Lunatic asylums Madras 1892-1911 - 1892-1911
Year: 1892
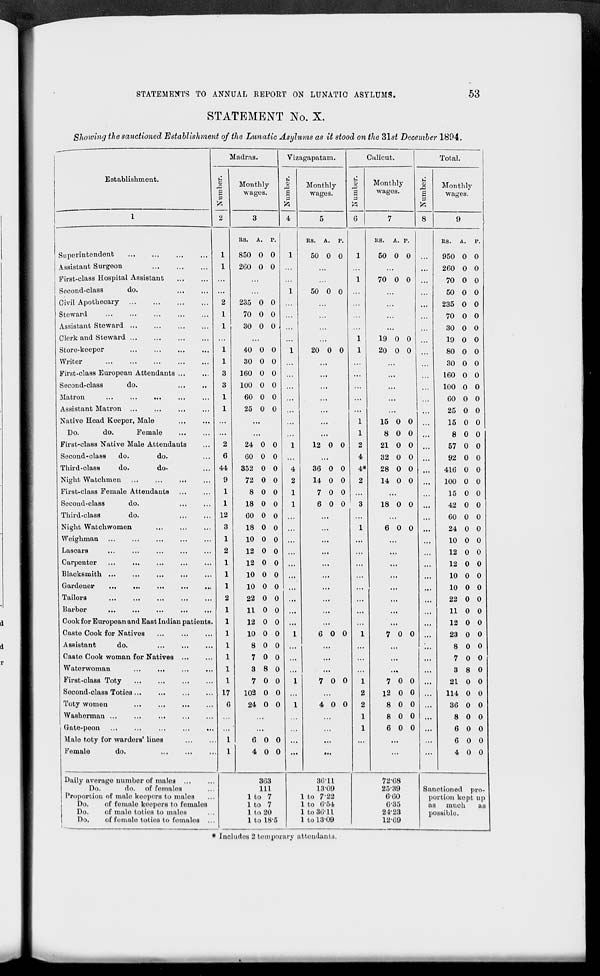
STATEMENTS TO ANNUAL REPORT ON LUNATIO ASYLUMS.
53
STATEMENT No. X.
Showing the sanctioned Establishment of the Lunatic Asylums as it stood on the 31st December 1894.
Establishment.
Madras.
Vizagapatam.
u
a>
a
7\
Superintendent
Assistant Surgeon
First-class Hospital Assistant
Second-class
do.
Civil Apothecary
Steward
Assistant Steward ...
Clerk and Steward ...
Store-keeper
Writer
First-class European Attendants ...
Second-class
do.
Matron
...
...
...
Assistant Matron ...
Native Head Keeper, Male
Do.
do.
Female
First-class Native Male Attendants
Second-class
do.
do.
Third-class
do.
do-
Night. Watchmen ...
...
...
First-class Female Attendants
Second-class
do.
Third-clasa
do.
Night Watchwomen
Woighman
Lascars
Carpenter
Blacksmith ...
Gardener
...
Tailors
Barber
Cook for Europoan and East Indian patients
Caste Cook for Natives
Assistant
do.
...
...
Casto Cook woman for Natives ...
Waterwoman
...
...
First-class Toty
Second-class Totios...
...
Toty women
Washerman ...
Gate-peon
Male toty for warders' lines
Female
do.
Daily average number of males ...
Do.
do. of fomales
Proportion of male koepors to males
Do.
of female koepors to females
Do.
of male totios to umlos
Do.
of fomalo totios to females
Monthly
wages.
u
5
Monthly
Calicut.
u
S
1
40 0 0
1
30 0 0
3
160 0 0
3
100 0 0
1
60 0 0
1
25 0 0
2
24
6
60
44
352
9
72
1
8
1
18
12
60
3
18
1
10
2
12
1
12
1
10
1
10
2
22
1
11
1
12
1
10
1
8
1
7
1
3
1
7
17
102
G
24
0 0
0 0
0 0
0 0
0 0
0 0
0 0
0 0
0 0
0 0
0 0
0 0
0 0
0 0
0 0
0 0
0 0
0 0
0 0
8 0
0 0
0 0
0 0
6 0 0
4 0 0
RS. A. p.
850 0 0
1
260 0 0
1
235 0 0
70 0 0
30 0 0
40 0 0
1
12 0 0
36 0 0
14 0 0
7 0 0
6 0 0
6 0 0
7 0 0
4 0 0
RS. A. p.
50 0 0
1
1
50 0 0
1
20 0 0
1
1
1
2
4
4*
2
303
111
to 7
to 7
to 20
to 18-5
3611
1309
to 722
to 6-54
to 36-11
1 to 1309
Monthly
wages.
Total.
o
s
P
Monthly
wages.
RS. A. p.
50 0 0
70 0 0
19 0 0
20 0 0
15 0 0
8 0 0
21 0 0
32 0 0
28 0 0
14 0 0
18 0 0
6 0 0
7 0 0
7 0 0
12 0 0
8 0 0
8 0 0
6 0 0
72-68
2539
660
6-35
21-23
12-69
RS.
1'.
950 0 0
260 0 0
70 0 0
50 0 0
235 0 0
70 0 0
30 0 0
19 0 0
80 0 0
30 0 0
160 0 0
100 0 0
60 0 0
25 0 0
15 0 0
8 0 0
57 0 0
92 0 0
416 0 0
100 0 0
15 0 0
42 0 0
60 0 0
24 0 0
10 0 0
12 0 0
12 0 0
10 0 0
10 0 0
22 0 0
11 0 0
12 0 0
23 0 0
8 0 0
7 0 0
3 8 0
21 0 0
114 0 0
36 0 0
8 0 0
6 0 0
6 0 0
4 0 0
Sanctioned pro-
portion kept up
as much
as
possiblo.
* Includes 2 tomporury attendants.